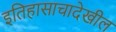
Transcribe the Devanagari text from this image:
इतिहासाचादेखील